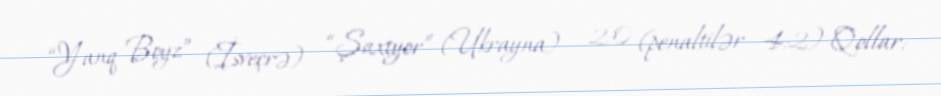
“Yanq Boyz” (İsveçrə) - “Şaxtyor” (Ukrayna) - 2:0 (penaltilər - 4:2) Qollar: